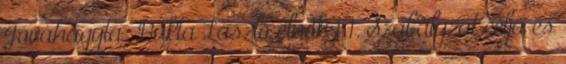
Jóváhagyta: Bukta László elnök 1 1. Szabályzat célja és